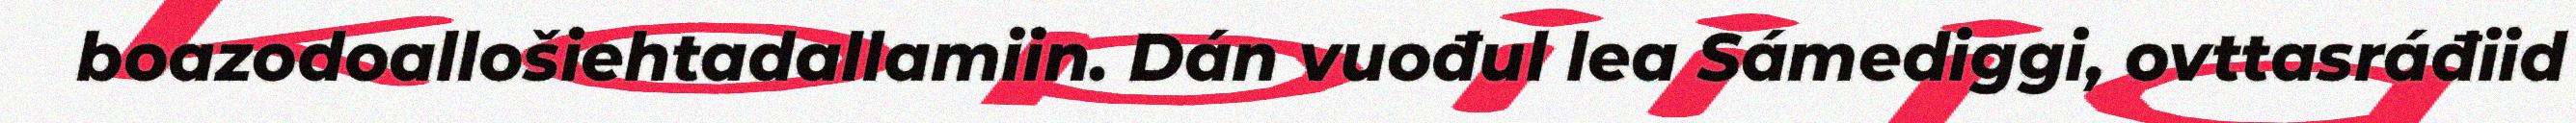
boazodoallošiehtadallamiin. Dán vuođul lea Sámediggi, ovttasráđiid